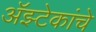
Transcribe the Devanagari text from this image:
अॅझ्टेकांचे